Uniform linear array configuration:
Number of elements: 12
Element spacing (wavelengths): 0.5
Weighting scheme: exponential
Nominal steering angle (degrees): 15
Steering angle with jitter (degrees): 15.062
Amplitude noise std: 0.05
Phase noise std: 0.05

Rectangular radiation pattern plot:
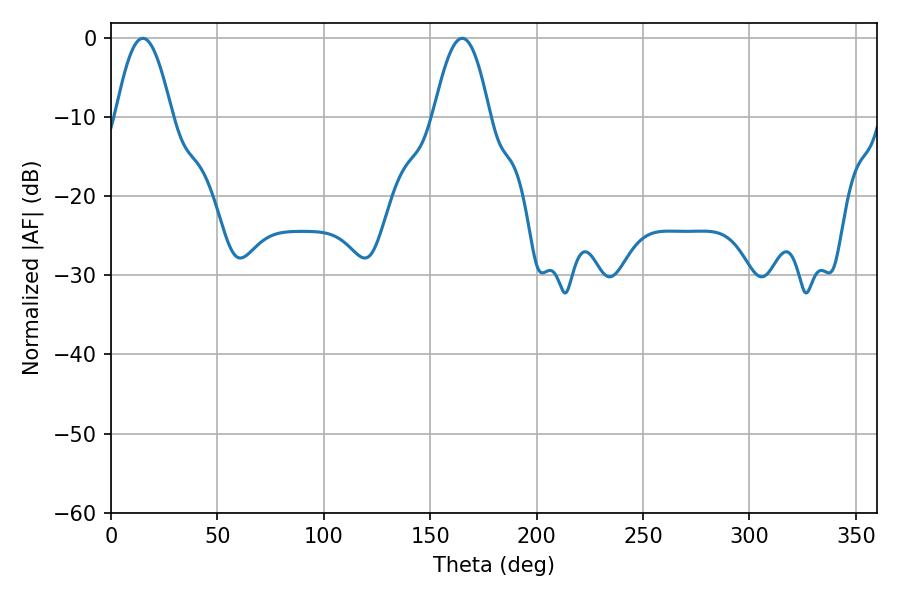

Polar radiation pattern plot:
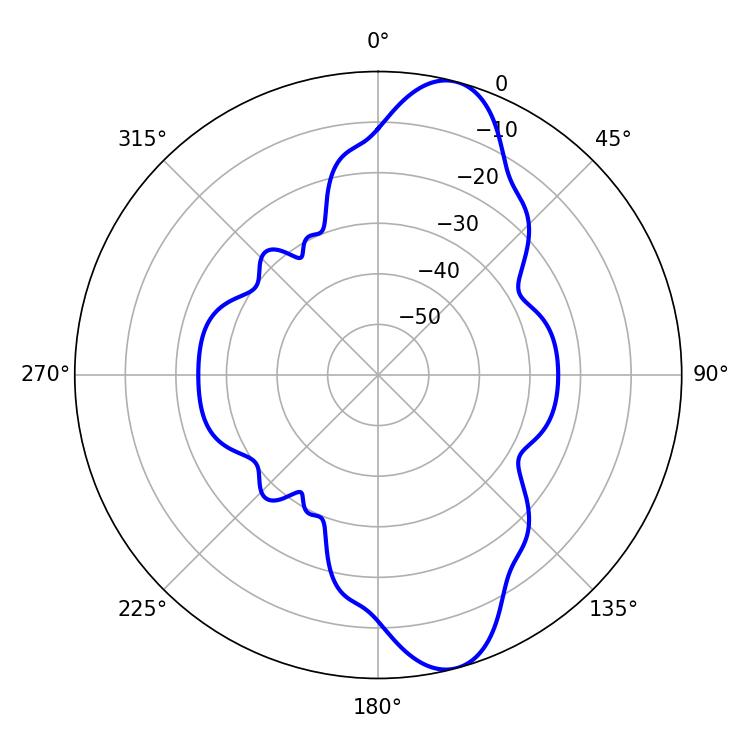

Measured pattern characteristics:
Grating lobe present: FALSE
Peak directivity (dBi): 11.212
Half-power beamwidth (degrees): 14.4
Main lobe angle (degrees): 14.94